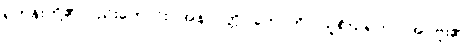
ရဟန်းတို့၏လည်းကောင်း။ အနာပတ္တိ (ဟောတိ)၊ သူစိဃရတာ၊ အပ်ဗူး၏